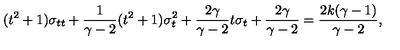
( t ^ { 2 } + 1 ) \sigma _ { t t } + { \frac { 1 } { \gamma - 2 } } ( t ^ { 2 } + 1 ) \sigma _ { t } ^ { 2 } + { \frac { 2 \gamma } { \gamma - 2 } } t \sigma _ { t } + { \frac { 2 \gamma } { \gamma - 2 } } = { \frac { 2 k ( \gamma - 1 ) } { \gamma - 2 } } ,